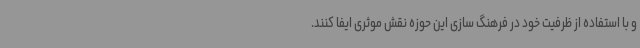
و با استفاده از ظرفیت خود در فرهنگ سازی این حوزه نقش موثری ایفا کنند.